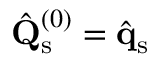
\hat { \mathbf { Q } } _ { \mathrm { s } } ^ { ( 0 ) } = \hat { \mathbf { q } } _ { \mathrm { s } }